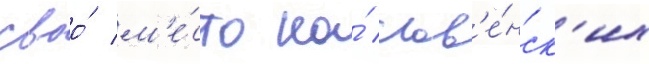
своо́ м'е́сто на́ слов'е́нск'их